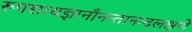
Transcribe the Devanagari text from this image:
रूपसत्यज्ञानाँनन्तानन्दलक्षणे